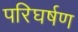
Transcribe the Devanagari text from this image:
परिघर्षण